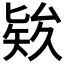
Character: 𥏑